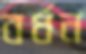
বর্ধন